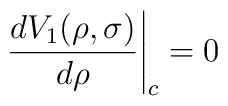
\left. \frac{d V_1(\rho ,\sigma )}{d\rho }\right| _c = 0